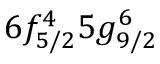
6 f _ { 5 / 2 } ^ { 4 } 5 g _ { 9 / 2 } ^ { 6 }